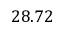
2 8 . 7 2